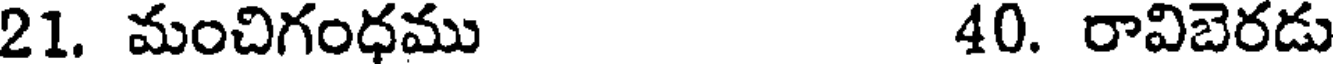
21. మంచిగంధము 40. రావిబెరడు